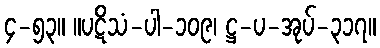
၄-၅၃။ ။ပဋိသံ-ပါ-၁၀၉၊ ဋ္ဌ-ပ-အုပ်-၃၁၇။